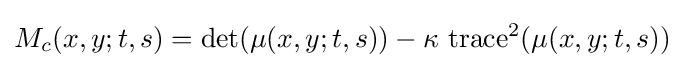
M_{c}(x,y;t,s)=\det(\mu (x,y;t,s))-\kappa \,\operatorname {trace} ^{2}(\mu (x,y;t,s))